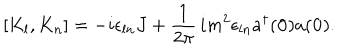
[ K _ { l } , K _ { n } ] = - i \epsilon _ { l n } J + \frac { 1 } { 2 \pi } \, i m ^ { 2 } \epsilon _ { l n } a ^ { \dagger } ( { \bf 0 } ) a ( { \bf 0 } ) .